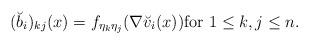
LaTeX: \begin{align*} (\breve b_i)_{kj} ( x ) = f_{\eta_k \eta_j} ( \nabla \breve v_i (x)) \mbox{for}\, \, 1 \leq k, j \leq n. \end{align*}